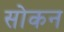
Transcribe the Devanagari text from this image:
सोकन